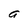
Character: a